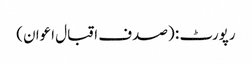
رپورٹ : (صدف اقبال اعوان)